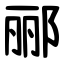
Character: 郦